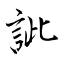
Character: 訿